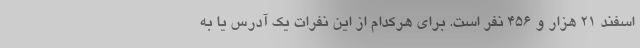
اسفند ۲۱ هزار و ۴۵۶ نفر است. برای هرکدام از این نفرات یک آدرس یا به